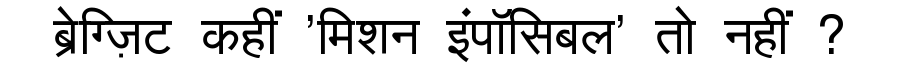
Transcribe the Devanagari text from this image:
ब्रेग्ज़िट कहीं 'मिशन इंपॉसिबल' तो नहीं ?